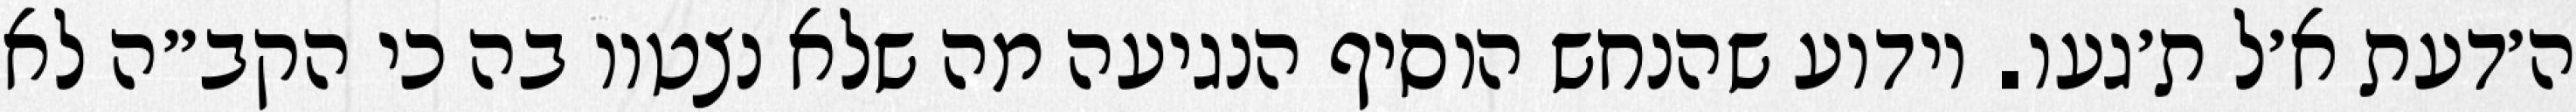
ה׳דעת א׳ל ת׳געו. וידוע שהנחש הוסיף הנגיעה מה שלא נצטוו בה כי הקב״ה לא